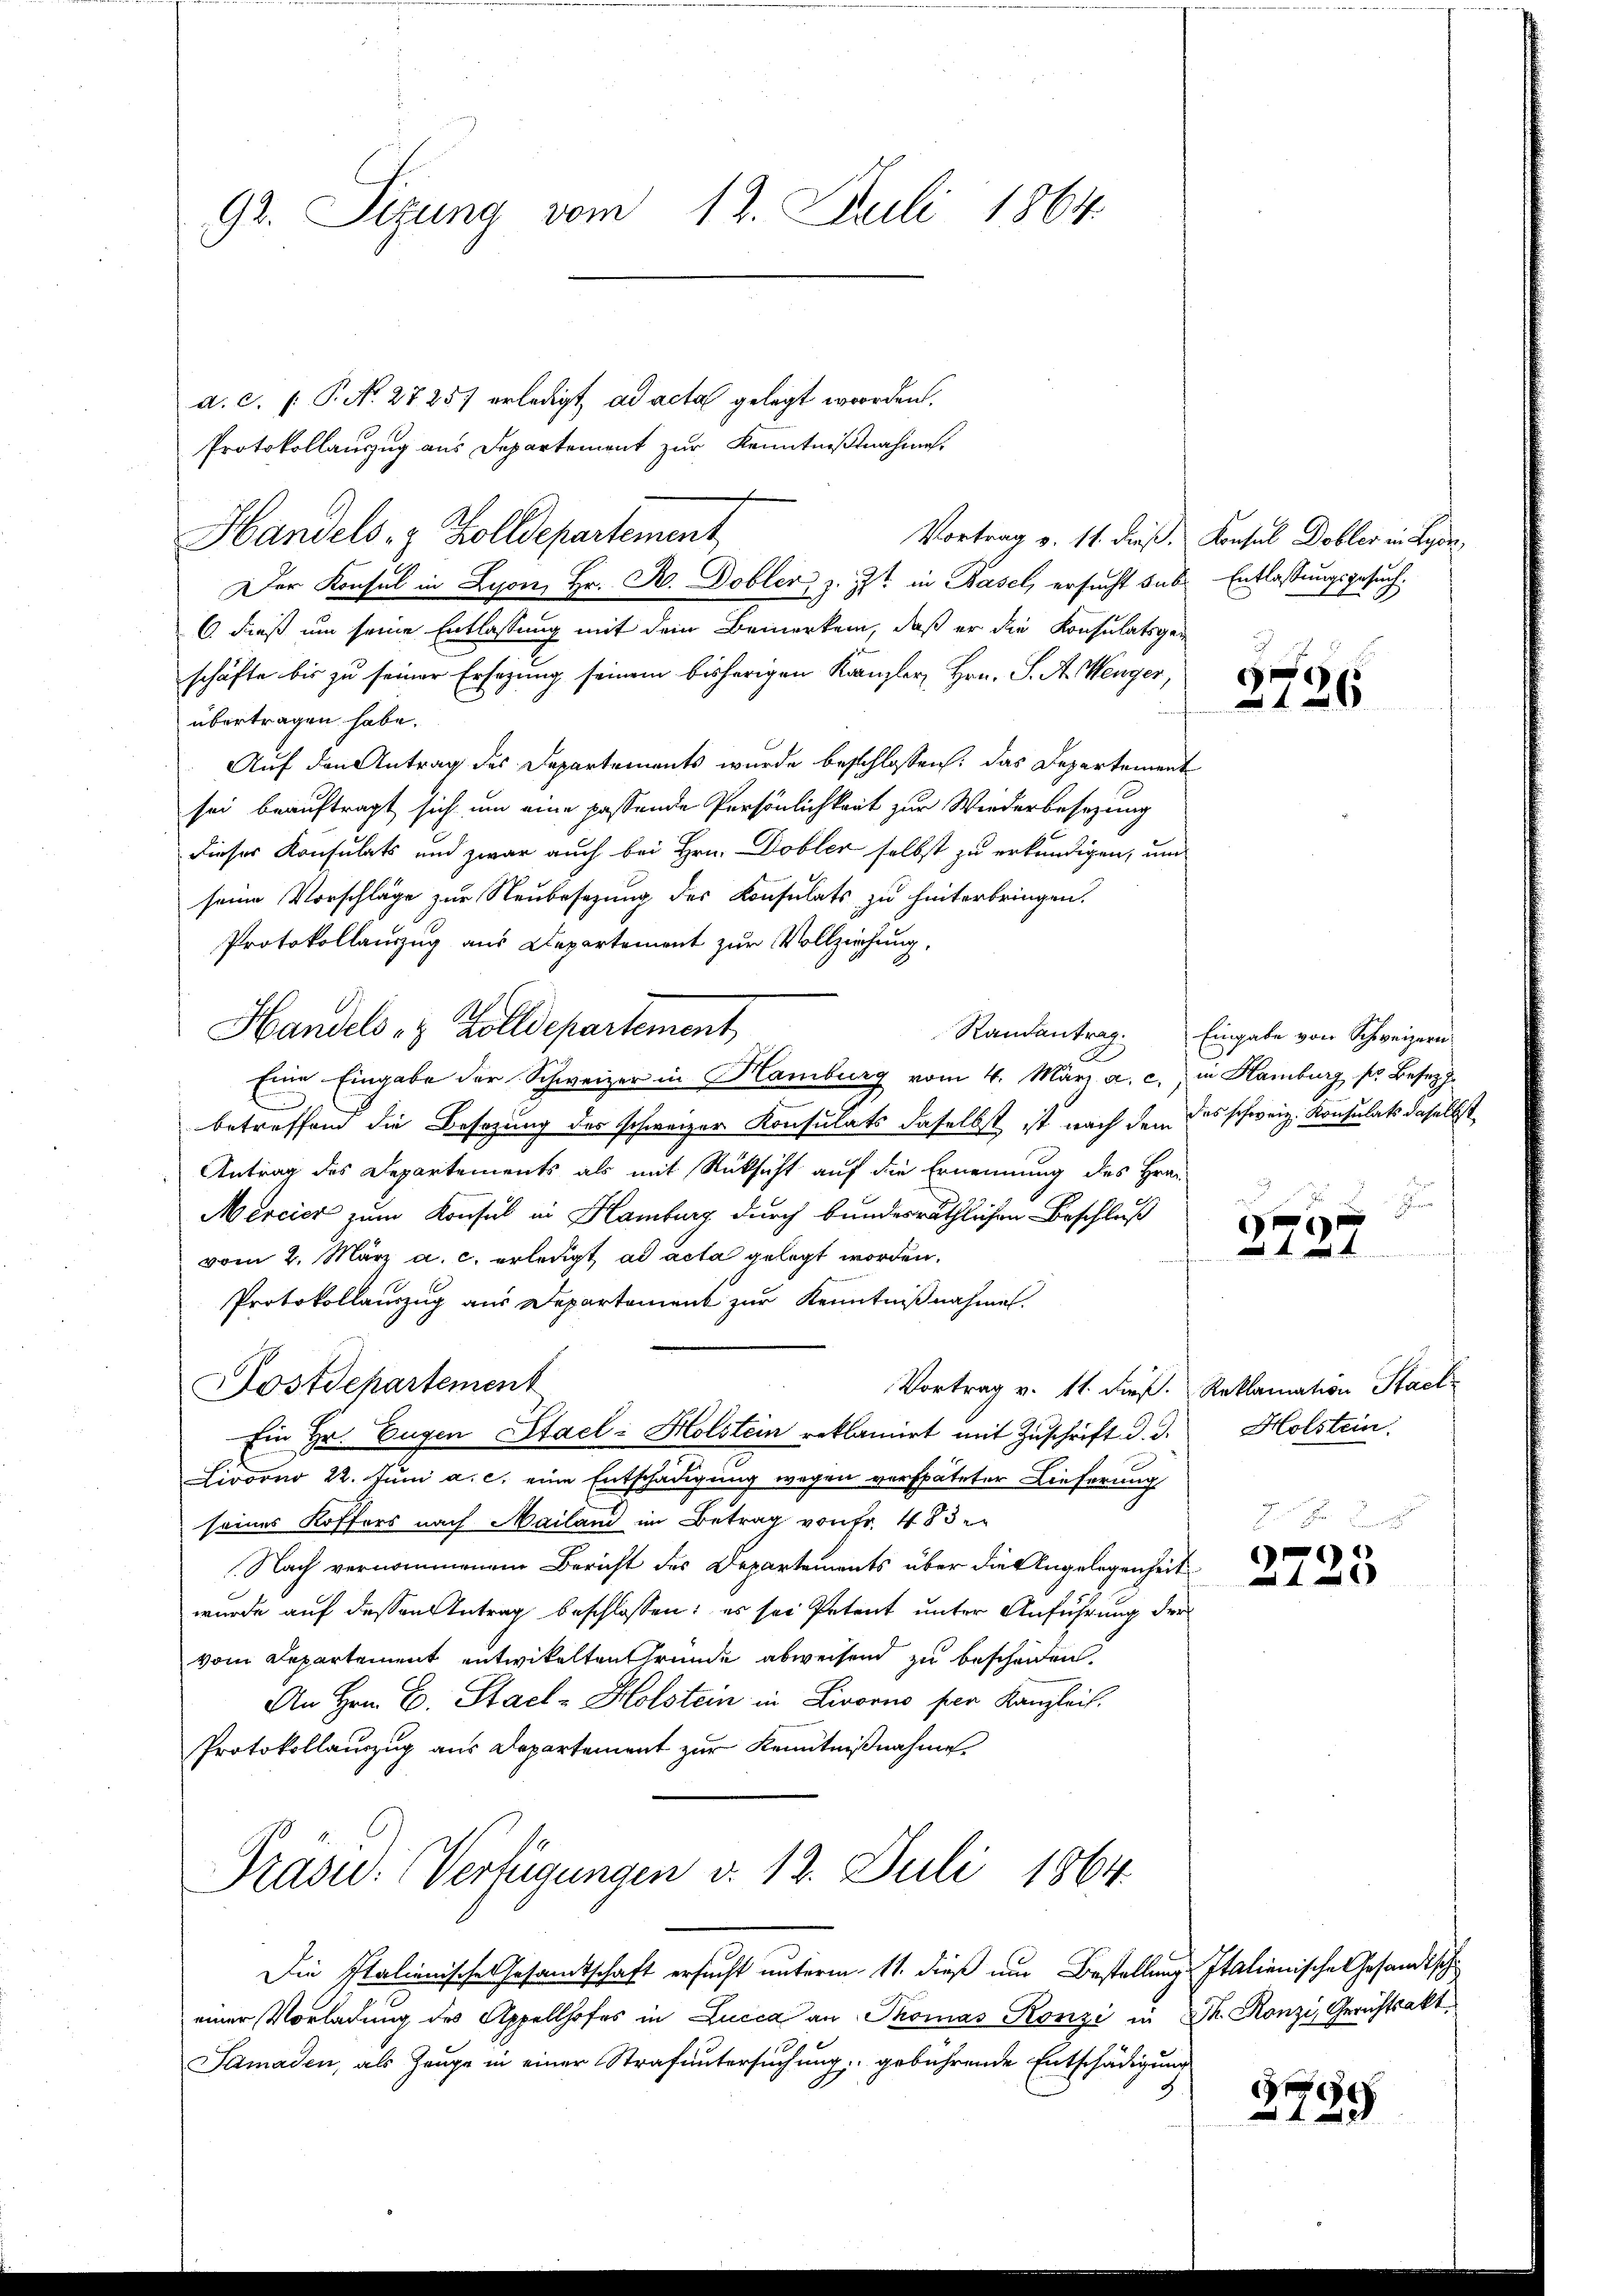
92. Sizung vom 12. Juli 1864.

er Konsul in Lyon, Hr. R. Dobler z. Zt. in Basel, ersucht sub. Entlassungsgesuch¬

d. c. /: P. Nr. 27257 erledigt, ad acta gelegt worden.
Protokollauszug aus Departement zur Kenntnißnahme.
Handels- & Zolldepartement
6 dieß um seine Entlassung mit dem Bemerken, daß er die Konsulatsgeschäfte bis zu seiner Ersezung seinem bisherigen Kanzler, Hrn. S. A. Wenger,
übertragen habe.
Auf den Antrag des Departements wurde beschlossen: das Departement
sei beauftragt sich um eine passende Persönlichkeit zur Wiederbesezung
dieser Konsulats und zwar auch bei Hrn. Dobler selbst zu erkundigen, und
seine Vorschläge zur Neubesezung des Konsulats zu hinterbringen.
Protokollauszug aus Departement zur Vollziehung,
Handels & Zolldepartement
Eine Eingabe der Schweizer in Hamburg vom 4. März a. c. in Hamburg pr. Besetz
betreffend die Besetzung des schweizer Konsulats daselbst ist nach den des schweiz. Konsulats daselbst
Antrag des Departements als mit Rücksicht auf die Ernennung des Hra
Mercier zum Konsul in Hamburg durch bundesräthlichen Beschluß
vom 2. März a. c. erledigt ad acta gelegt worden.
Protokollauszug aus Departement zur Kenntnißnahmen.
Postdepartement
Vortrag v. 11. dieß. Reklamation Stack
Ein Hr. Eugen Stael: Holstein reklamirt mit Zuschrift d. d.
Livorno 22. Juni a. c. eine Entschädigung wegen verspäteter Lieferung
seines Koffers nach Mailand im Betrag von Fr. 483 e
Nach vernommenem Bericht des Departements über die Angelegenheit
wurde auf dessen Antrag beschlossen: es sei Petent unter Anführung der
vom Departement entwickelten Gründe abweisend zu bescheiden,
An Hrn. E. Stael-Holstein in Livorno per Kanzleit.
Protokollauszug aus Departement zur Kenntnißnahme.

Präsid. Verfügungen d. 12. Juli 1864.

Die Italienische Gesamtschaft ersucht unterm 11. dieß um Bestellung Italienische Gesandtsche
einer Vorladung des Appellhofes in Lucca an Thomas Konzi in 2. Konzi, Gerichtsakt
Samaden, als Zeuge in einer Strafuntersuchung gebührende Entschädigung

Vortrag v. 11. dieß. Konsul Dobler in Lyde,

6
126

Randantrag. Eingabe von Schweizern

1
127

Holstein.

2723